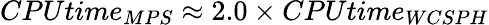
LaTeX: CPUtime_{MPS}\approx 2.0\times CPUtime_{WCSPH}